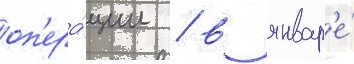
оп'ера́ции / в январ'е́